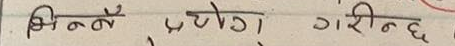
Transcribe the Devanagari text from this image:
भिन्नै प्रयोग गरिन्छ।